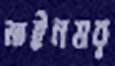
মাইনষর